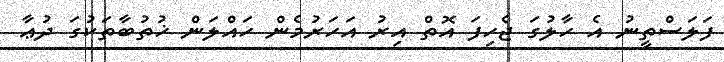
ފަލަސްތީނު އެ ހާލުގަ ޖެހިފަ އޮތް އިރު އަހަރުމެން ހައްލަން ޚުތުބާތަކުގަ ދުޢާ